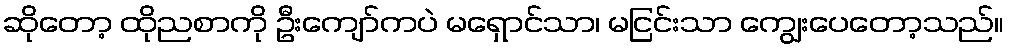
ဆိုတော့ ထိုညစာကို ဦးကျော်ကပဲ မရှောင်သာ၊ မငြင်းသာ ကျွေးပေတော့သည်။